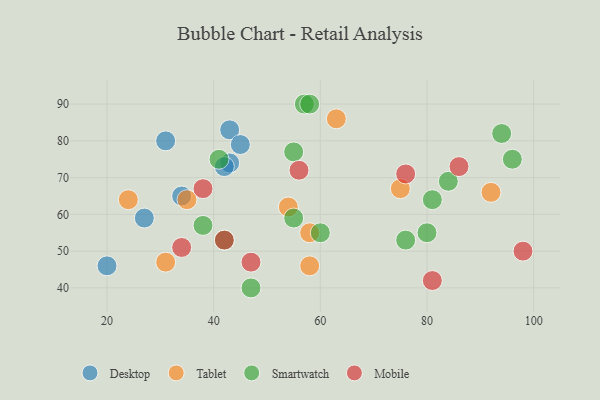
{"axis": {"x": "GDP", "y": "Life Expectancy"}, "legend": ["Desktop", "Mobile", "Smartwatch", "Tablet"], "data": [{"x": "31", "y": 80, "type": "Desktop"}, {"x": "27", "y": 59, "type": "Desktop"}, {"x": "20", "y": 46, "type": "Desktop"}, {"x": "43", "y": 74, "type": "Desktop"}, {"x": "43", "y": 83, "type": "Desktop"}, {"x": "34", "y": 65, "type": "Desktop"}, {"x": "42", "y": 73, "type": "Desktop"}, {"x": "45", "y": 79, "type": "Desktop"}, {"x": "54", "y": 62, "type": "Tablet"}, {"x": "75", "y": 67, "type": "Tablet"}, {"x": "58", "y": 46, "type": "Tablet"}, {"x": "24", "y": 64, "type": "Tablet"}, {"x": "31", "y": 47, "type": "Tablet"}, {"x": "58", "y": 55, "type": "Tablet"}, {"x": "35", "y": 64, "type": "Tablet"}, {"x": "92", "y": 66, "type": "Tablet"}, {"x": "63", "y": 86, "type": "Tablet"}, {"x": "60", "y": 55, "type": "Smartwatch"}, {"x": "38", "y": 57, "type": "Smartwatch"}, {"x": "84", "y": 69, "type": "Smartwatch"}, {"x": "80", "y": 55, "type": "Smartwatch"}, {"x": "96", "y": 75, "type": "Smartwatch"}, {"x": "55", "y": 77, "type": "Smartwatch"}, {"x": "76", "y": 53, "type": "Smartwatch"}, {"x": "81", "y": 64, "type": "Smartwatch"}, {"x": "55", "y": 59, "type": "Smartwatch"}, {"x": "57", "y": 90, "type": "Smartwatch"}, {"x": "47", "y": 40, "type": "Smartwatch"}, {"x": "94", "y": 82, "type": "Smartwatch"}, {"x": "58", "y": 90, "type": "Smartwatch"}, {"x": "41", "y": 75, "type": "Smartwatch"}, {"x": "42", "y": 53, "type": "Smartwatch"}, {"x": "86", "y": 73, "type": "Mobile"}, {"x": "38", "y": 67, "type": "Mobile"}, {"x": "42", "y": 53, "type": "Mobile"}, {"x": "98", "y": 50, "type": "Mobile"}, {"x": "47", "y": 47, "type": "Mobile"}, {"x": "81", "y": 42, "type": "Mobile"}, {"x": "56", "y": 72, "type": "Mobile"}, {"x": "76", "y": 71, "type": "Mobile"}, {"x": "34", "y": 51, "type": "Mobile"}]}